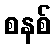
စနစ်